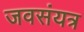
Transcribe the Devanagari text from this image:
जवसंयत्र